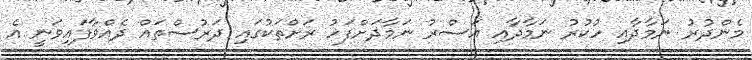
މެންދުރު ނަމާދާއި ހުކުރު ނަމާދާއި އަސްރު ނަމާދަށްފަހު ރަށްތަކުގައި ދަރުސްތައް ދެއްވާފައިވަނީ އެ